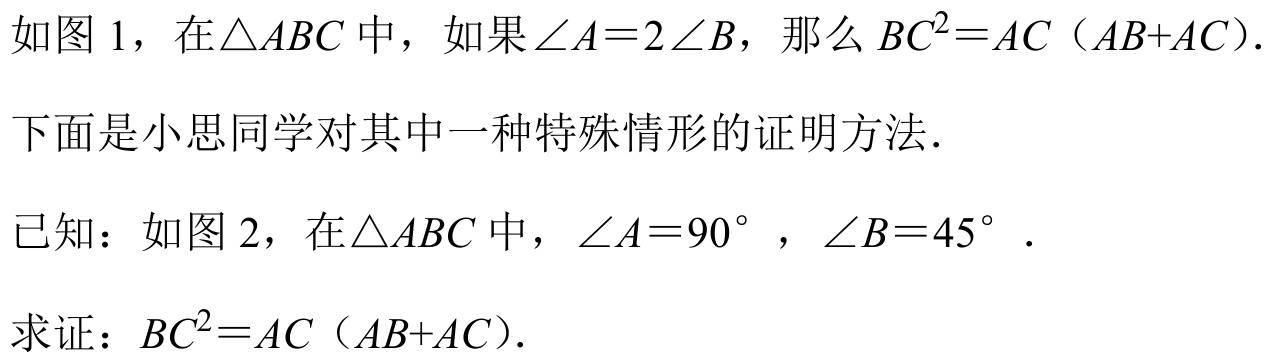
如图1，在\(\triangle ABC\)中，如果\(\angle A = 2\angle B\)，那么\(BC^{2}=AC（AB + AC）\).
下面是小思同学对其中一种特殊情形的证明方法.
已知：如图2，在\(\triangle ABC\)中，\(\angle A = 90^{\circ}\)，\(\angle B = 45^{\circ}\).
求证：\(BC^{2}=AC（AB + AC）\).